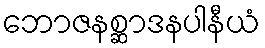
ဘောဇနစ္ဆာဒနပါနီယံ